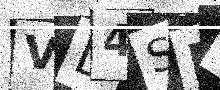
Text: VD4SFR